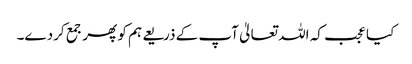
کیا عجب کہ اللہ تعالیٰ آپ کے ذریعے ہم کو پھر جمع کردے۔